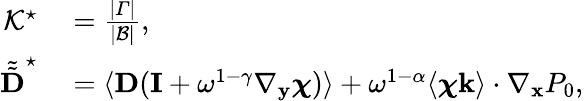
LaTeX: \begin{array}{rl}{\mathcal{K^{\star}}}&{{}=\frac{|\varGamma|}{|\mathcal B|},}\\ {\tilde{\tilde{\textbf{D}}}^{\star}}&{{}=\langle\textbf{D}(\mathbf I+\omega^{1-\gamma}\nabla_{\mathbf y}\boldsymbol{\chi})\rangle+\omega^{1-\alpha}\langle\boldsymbol{\chi}\mathbf k\rangle\cdot\nabla_{\mathbf x}P_{0},}\end{array}